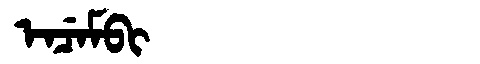
Manchu: ᡝᠨᠴᡝᠮᠪᡳ
Romanization: ENCEMBI